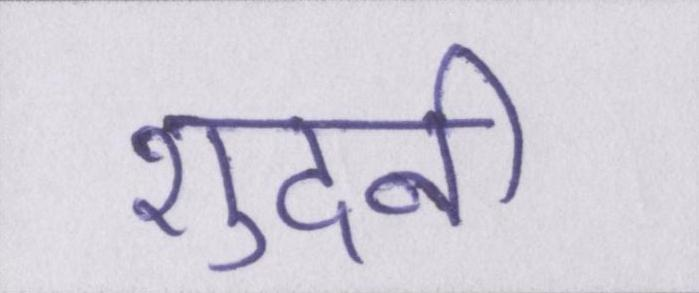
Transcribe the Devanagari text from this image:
शुदनी